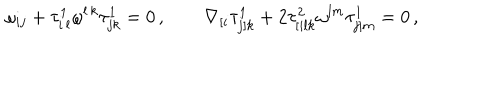
LaTeX: \omega _ { i j } + \tau _ { i \, l } ^ { 1 } \omega ^ { l \, k } \tau _ { j k } ^ { 1 } = 0 \, , \qquad \nabla _ { [ i } \tau _ { j ] k } ^ { 1 } + 2 \tau _ { [ i l k } ^ { 2 } \omega ^ { l m } \tau _ { j ] m } ^ { 1 } = 0 \, ,